65_HS1-834228961_62-HQ-83894_Section_9
Agency: FBI
Page 251
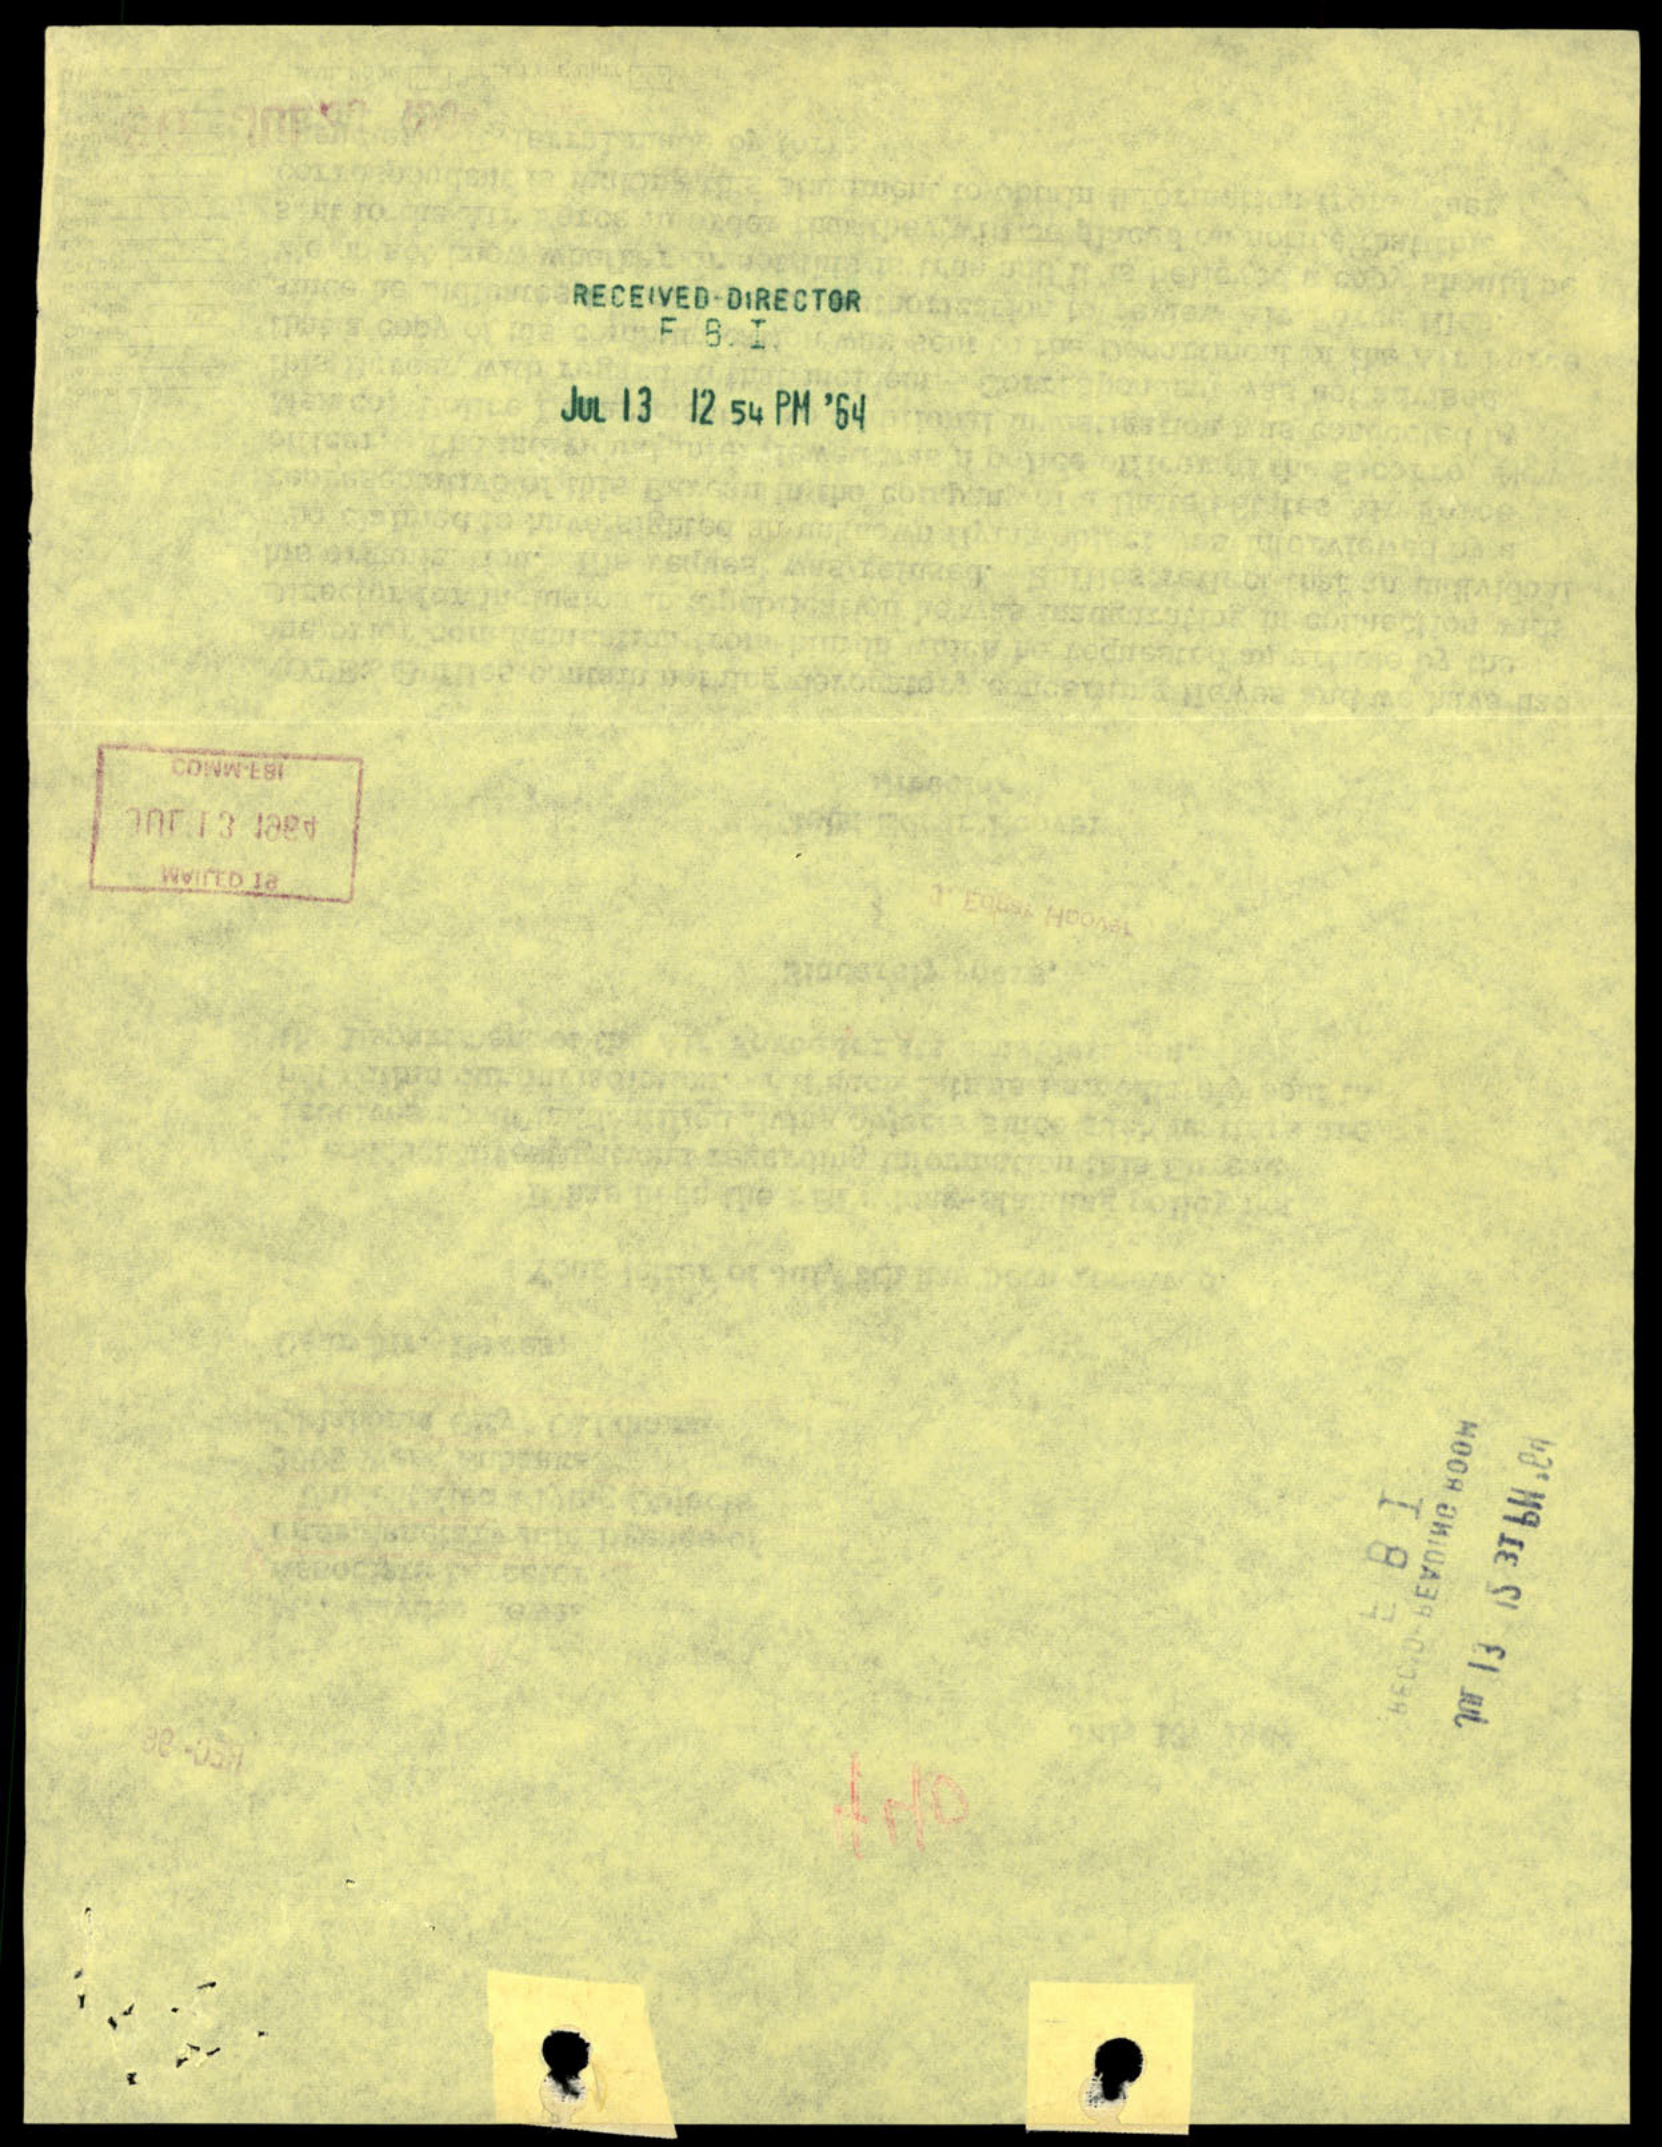